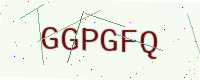
Text: GGPGFQ